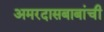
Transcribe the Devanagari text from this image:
अमरदासबाबांची